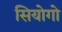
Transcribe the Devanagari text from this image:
सियोगो